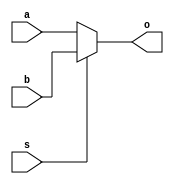
`timescale 1ns/100ps
module MUX_5(a, b, s, o);

  input [4:0] a;
  input [4:0] b;
  input s;
  
  output [4:0] o;
  
  assign o = (s)?b:a;

endmodule